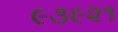
૯૩૯૨૧